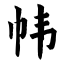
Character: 帏